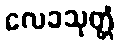
လေခသုတ္တံ